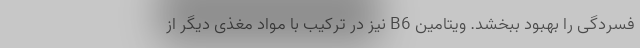
فسردگی را بهبود ببخشد. ویتامین B6 نیز در ترکیب با مواد مغذی دیگر از